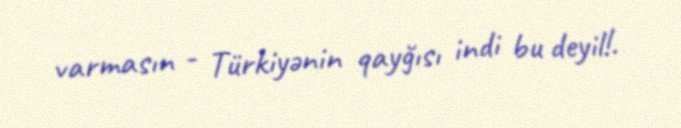
varmasın - Türkiyənin qayğısı indi bu deyil!.